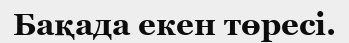
Бақада екен төресі.